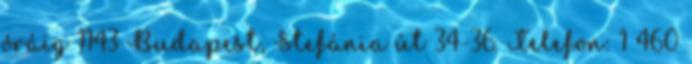
óráig 1143 Budapest, Stefánia út 34-36. Telefon: 1 460